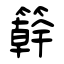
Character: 簳